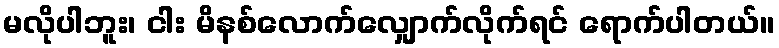
မလိုပါဘူး၊ ငါး မိနစ်လောက်လျှောက်လိုက်ရင် ရောက်ပါတယ်။